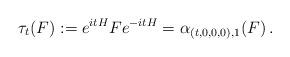
LaTeX: \begin{align*}\tau_t(F):=e^{itH}Fe^{-itH}=\alpha_{(t,0,0,0),1}(F)\,.\end{align*}